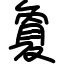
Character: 夐